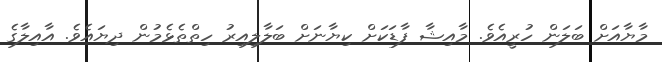
މާޔާއަށް ބަލަން ހުރީއެވެ. މާއިޝާ ފާޑަކަށް ކިޔާނަށް ބަލާލިއިރު ހިތްތެޅެމުން ދިޔައެވެ. އާއިލާގެ